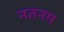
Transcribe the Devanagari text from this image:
नतनम